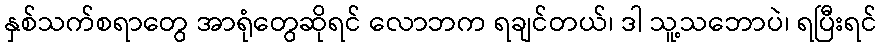
နှစ်သက်စရာတွေ အာရုံတွေဆိုရင် လောဘက ရချင်တယ်၊ ဒါ သူ့သဘောပဲ၊ ရပြီးရင်